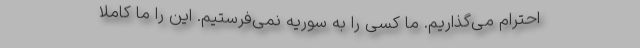
احترام می‌گذاریم. ما کسی را به سوریه نمی‌فرستیم. این را ما کاملاً